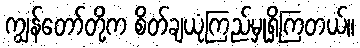
ကျွန်တော်တို့က စိတ်ချယုံကြည်မှုရှိကြတယ်။